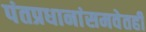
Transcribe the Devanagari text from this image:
पंतप्रधानांसमवेतही